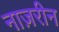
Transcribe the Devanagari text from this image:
नाज़रीन